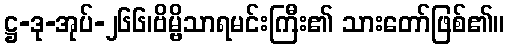
ဋ္ဌ-ဒု-အုပ်-၂၆၆၊ဗိမ္ဗိသာရမင်းကြီး၏ သားတော်ဖြစ်၏။